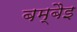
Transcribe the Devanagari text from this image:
बम्बैइ